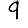
Digit: 9